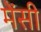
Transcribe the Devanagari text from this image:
मेंसी